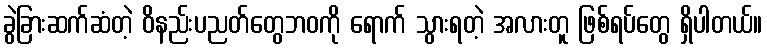
ခွဲခြားဆက်ဆံတဲ့ ဝိနည်းပညတ်တွေဘဝကို ရောက် သွားရတဲ့ အလားတူ ဖြစ်ရပ်တွေ ရှိပါတယ်။